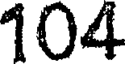
104